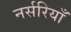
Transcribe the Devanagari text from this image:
नर्सरियाँ